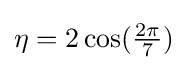
\eta =2\cos({\tfrac {2\pi }{7}})